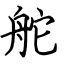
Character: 舵